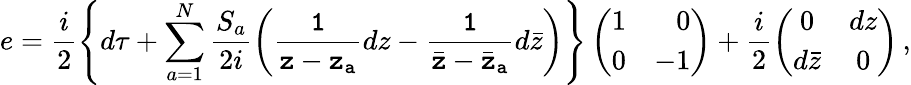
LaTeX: e=\frac{i}{2}\left\{ d\tau+\sum_{a=1}^{N}\frac{S_{a}}{2i}\left({\tt\frac{1}{z-z_{a}}}dz-{\tt\frac{1}{\bar{z}-\bar{z}_{a}}}d\bar{z}\right)\right\} \left(\begin{array}{rr}{{1}}&{{0}}\\ {{0}}&{{-1}}\end{array}\right)+\frac{i}{2}\left(\begin{array}{cc}{{0}}&{{dz}}\\ {{d\bar{z}}}&{{0}}\end{array}\right)\, ,